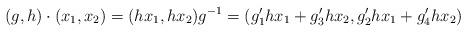
LaTeX: \begin{align*} (g,h)\cdot (x_1,x_2) = (hx_1,hx_2)g^{-1} = (g'_1hx_1+g'_3hx_2,g'_2hx_1+g'_4hx_2)\end{align*}